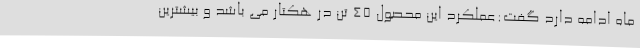
ماه ادامه دارد گفت:عملکرد این محصول 45 تن در هکتار می باشد و بیشترین